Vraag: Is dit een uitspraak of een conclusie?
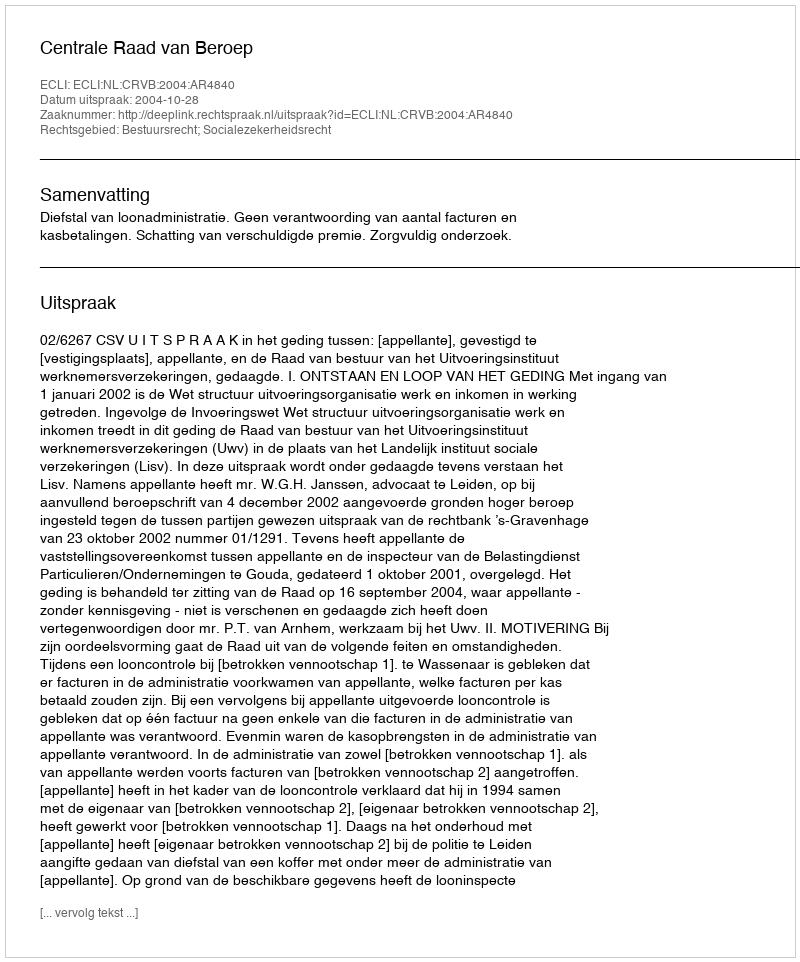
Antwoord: Uitspraak